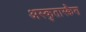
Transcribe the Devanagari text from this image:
अस्कुतास्क्वैश